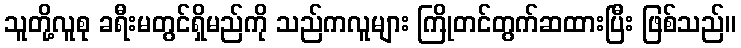
သူတို့လူစု ခရီးမတွင်ရှိမည်ကို သည်ကလူများ ကြိုတင်တွက်ဆထားပြီး ဖြစ်သည်။